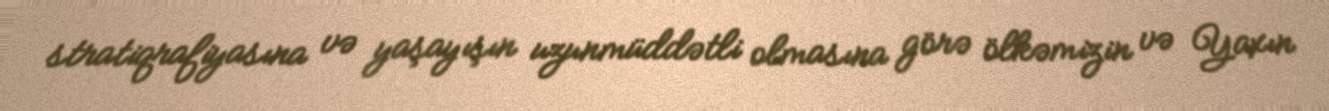
stratiqrafiyasına və yaşayışın uzunmüddətli olmasına görə ölkəmizin və Yaxın